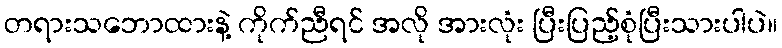
တရားသဘောထားနဲ့ ကိုက်ညီရင် အလို အားလုံး ပြီးပြည့်စုံပြီးသားပါပဲ။